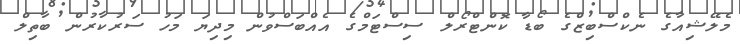
މެލޭޝިއާގެ ނެކްސްބިޒްގެ ބޯޑާ ކޮންޓްރޯލް ސިސްޓަމްގެ އެއްބަސްވުން މިދިޔަ މަހު ސަރުކާރުން ބާތިލް